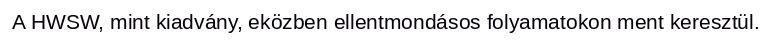
A HWSW, mint kiadvány, eközben ellentmondásos folyamatokon ment keresztül.